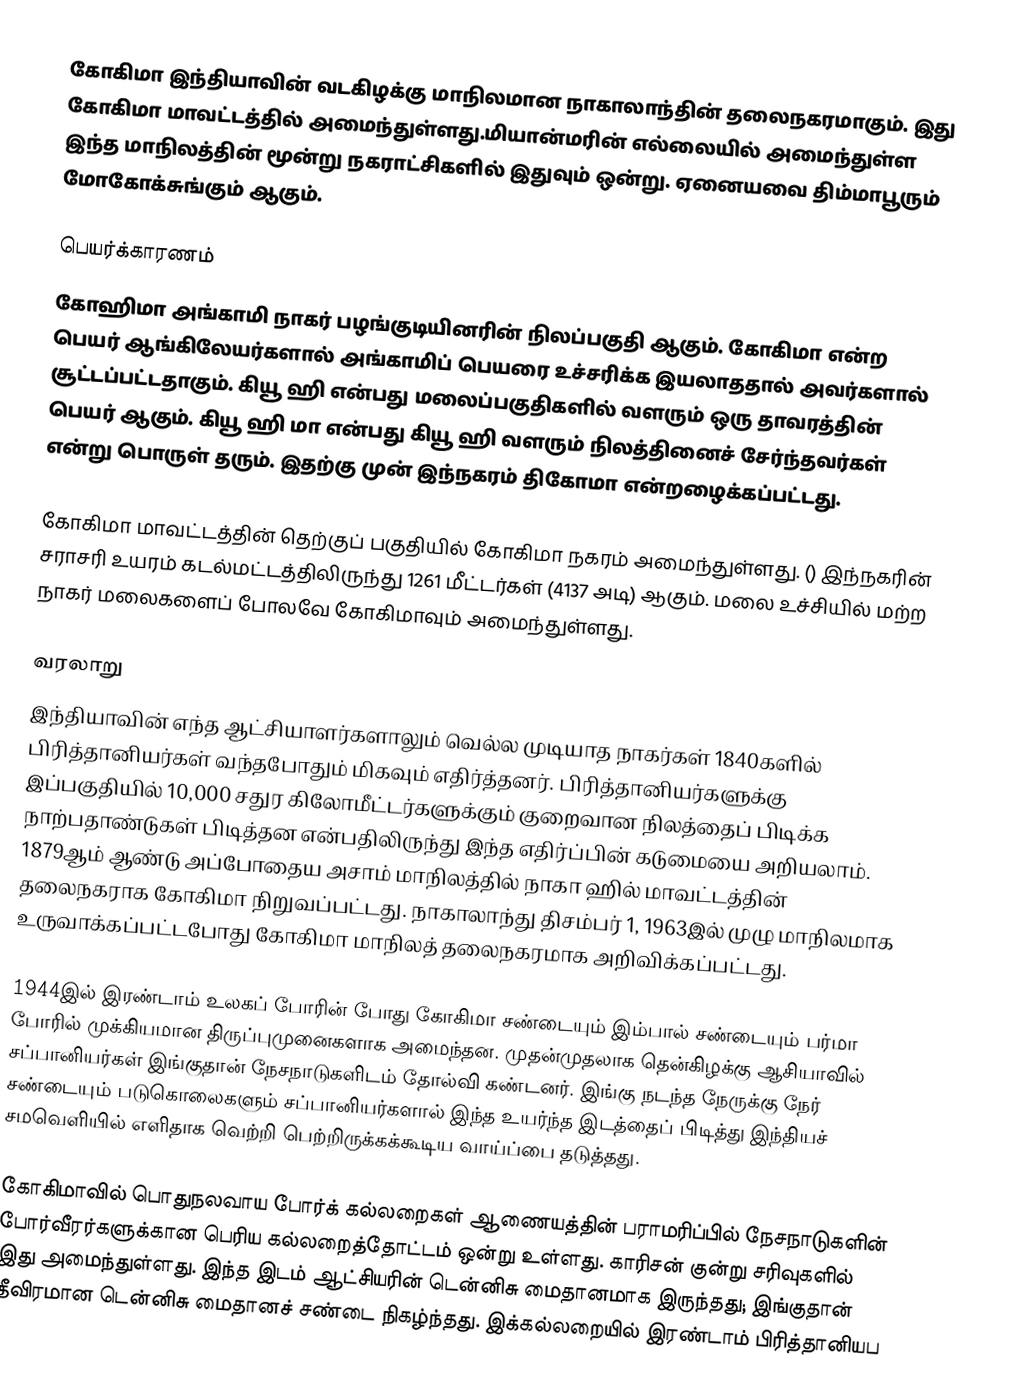
கோகிமா இந்தியாவின் வடகிழக்கு மாநிலமான நாகாலாந்தின்  தலைநகரமாகும். இது கோகிமா மாவட்டத்தில் அமைந்துள்ளது.மியான்மரின் எல்லையில் அமைந்துள்ள இந்த மாநிலத்தின் மூன்று நகராட்சிகளில் இதுவும் ஒன்று. ஏனையவை திம்மாபூரும் மோகோக்சுங்கும் ஆகும்.

பெயர்க்காரணம்
கோஹிமா அங்காமி நாகர் பழங்குடியினரின் நிலப்பகுதி ஆகும். கோகிமா என்ற பெயர் ஆங்கிலேயர்களால் அங்காமிப் பெயரை உச்சரிக்க இயலாததால் அவர்களால் சூட்டப்பட்டதாகும்.  கியூ ஹி என்பது மலைப்பகுதிகளில் வளரும் ஒரு தாவரத்தின் பெயர் ஆகும். கியூ ஹி மா என்பது கியூ ஹி வளரும் நிலத்தினைச் சேர்ந்தவர்கள் என்று பொருள் தரும். இதற்கு முன் இந்நகரம் திகோமா என்றழைக்கப்பட்டது.

கோகிமா மாவட்டத்தின் தெற்குப் பகுதியில் கோகிமா நகரம் அமைந்துள்ளது. () இந்நகரின் சராசரி உயரம் கடல்மட்டத்திலிருந்து 1261 மீட்டர்கள் (4137 அடி) ஆகும். மலை உச்சியில்  மற்ற நாகர் மலைகளைப் போலவே கோகிமாவும்  அமைந்துள்ளது.

வரலாறு
இந்தியாவின் எந்த ஆட்சியாளர்களாலும் வெல்ல முடியாத நாகர்கள் 1840களில் பிரித்தானியர்கள் வந்தபோதும் மிகவும் எதிர்த்தனர். பிரித்தானியர்களுக்கு இப்பகுதியில்  10,000 சதுர கிலோமீட்டர்களுக்கும் குறைவான நிலத்தைப் பிடிக்க நாற்பதாண்டுகள் பிடித்தன என்பதிலிருந்து இந்த எதிர்ப்பின் கடுமையை அறியலாம். 1879ஆம் ஆண்டு அப்போதைய அசாம் மாநிலத்தில்  நாகா ஹில் மாவட்டத்தின் தலைநகராக கோகிமா நிறுவப்பட்டது. நாகாலாந்து திசம்பர் 1, 1963இல் முழு மாநிலமாக உருவாக்கப்பட்டபோது கோகிமா மாநிலத் தலைநகரமாக அறிவிக்கப்பட்டது.

1944இல் இரண்டாம் உலகப் போரின் போது கோகிமா சண்டையும்  இம்பால் சண்டையும் பர்மா போரில் முக்கியமான திருப்புமுனைகளாக அமைந்தன. முதன்முதலாக தென்கிழக்கு ஆசியாவில் சப்பானியர்கள் இங்குதான் நேசநாடுகளிடம் தோல்வி கண்டனர். இங்கு நடந்த நேருக்கு நேர் சண்டையும் படுகொலைகளும் சப்பானியர்களால் இந்த உயர்ந்த இடத்தைப் பிடித்து இந்தியச் சமவெளியில் எளிதாக வெற்றி பெற்றிருக்கக்கூடிய வாய்ப்பை தடுத்தது.

கோகிமாவில் பொதுநலவாய போர்க் கல்லறைகள் ஆணையத்தின் பராமரிப்பில் நேசநாடுகளின் போர்வீரர்களுக்கான பெரிய கல்லறைத்தோட்டம் ஒன்று உள்ளது.  காரிசன் குன்று சரிவுகளில்  இது அமைந்துள்ளது. இந்த இடம் ஆட்சியரின் டென்னிசு மைதானமாக இருந்தது; இங்குதான் தீவிரமான டென்னிசு மைதானச் சண்டை நிகழ்ந்தது.  இக்கல்லறையில் இரண்டாம் பிரித்தானியப